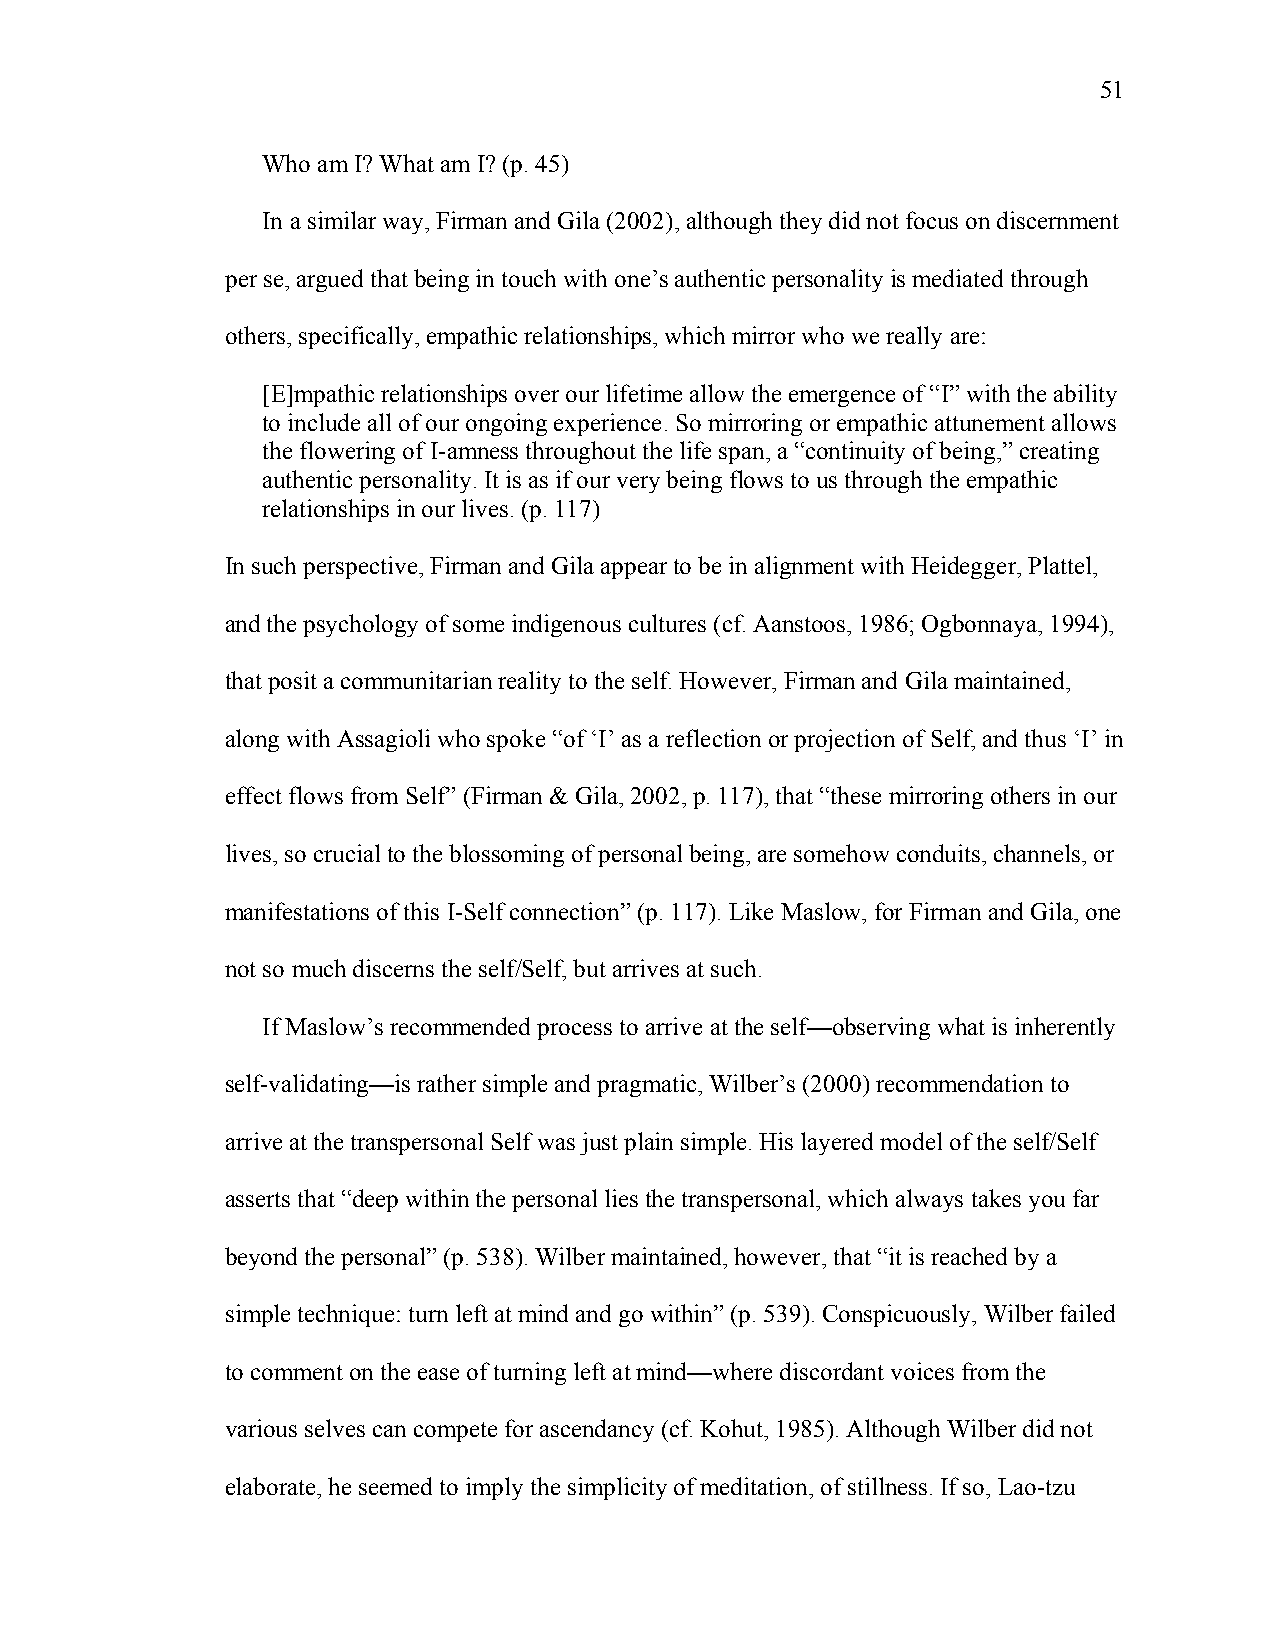
51
 Who am I? What am I? (p. 45)
 In a similar way, Firman and Gila (2002), although they did not focus on discernment
 per se, argued that being in touch with one’s authentic personality is mediated through
 others, specifically, empathic relationships, which mirror who we really are:
 [E]mpathic relationships over our lifetime allow the emergence of “I” with the ability
 to include all of our ongoing experience. So mirroring or empathic attunement allows
 the flowering of I-amness throughout the life span, a “continuity of being,” creating
 authentic personality. It is as if our very being flows to us through the empathic
 relationships in our lives. (p. 117)
 In such perspective, Firman and Gila appear to be in alignment with Heidegger, Plattel,
 and the psychology of some indigenous cultures (cf. Aanstoos, 1986; Ogbonnaya, 1994),
 that posit a communitarian reality to the self. However, Firman and Gila maintained,
 along with Assagioli who spoke “of ‘I’ as a reflection or projection of Self, and thus ‘I’ in
 effect flows from Self” (Firman & Gila, 2002, p. 117), that “these mirroring others in our
 lives, so crucial to the blossoming of personal being, are somehow conduits, channels, or
 manifestations of this I-Self connection” (p. 117). Like Maslow, for Firman and Gila, one
 not so much discerns the self/Self, but arrives at such.
 If Maslow’s recommended process to arrive at the self—observing what is inherently
 self-validating—is rather simple and pragmatic, Wilber’s (2000) recommendation to
 arrive at the transpersonal Self was just plain simple. His layered model of the self/Self
 asserts that “deep within the personal lies the transpersonal, which always takes you far
 beyond the personal” (p. 538). Wilber maintained, however, that “it is reached by a
 simple technique: turn left at mind and go within” (p. 539). Conspicuously, Wilber failed
 to comment on the ease of turning left at mind—where discordant voices from the
 various selves can compete for ascendancy (cf. Kohut, 1985). Although Wilber did not
 elaborate, he seemed to imply the simplicity of meditation, of stillness. If so, Lao-tzu